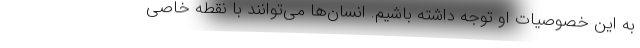
به این خصوصیات او توجه داشته باشیم. انسان‌ها می‌توانند با نقطه خاصی